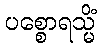
ပစ္စောရသ္မိံ